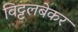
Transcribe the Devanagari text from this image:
विट्टलबेकर